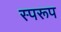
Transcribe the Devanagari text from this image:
स्परूप